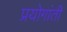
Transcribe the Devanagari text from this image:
प्रयोगांती